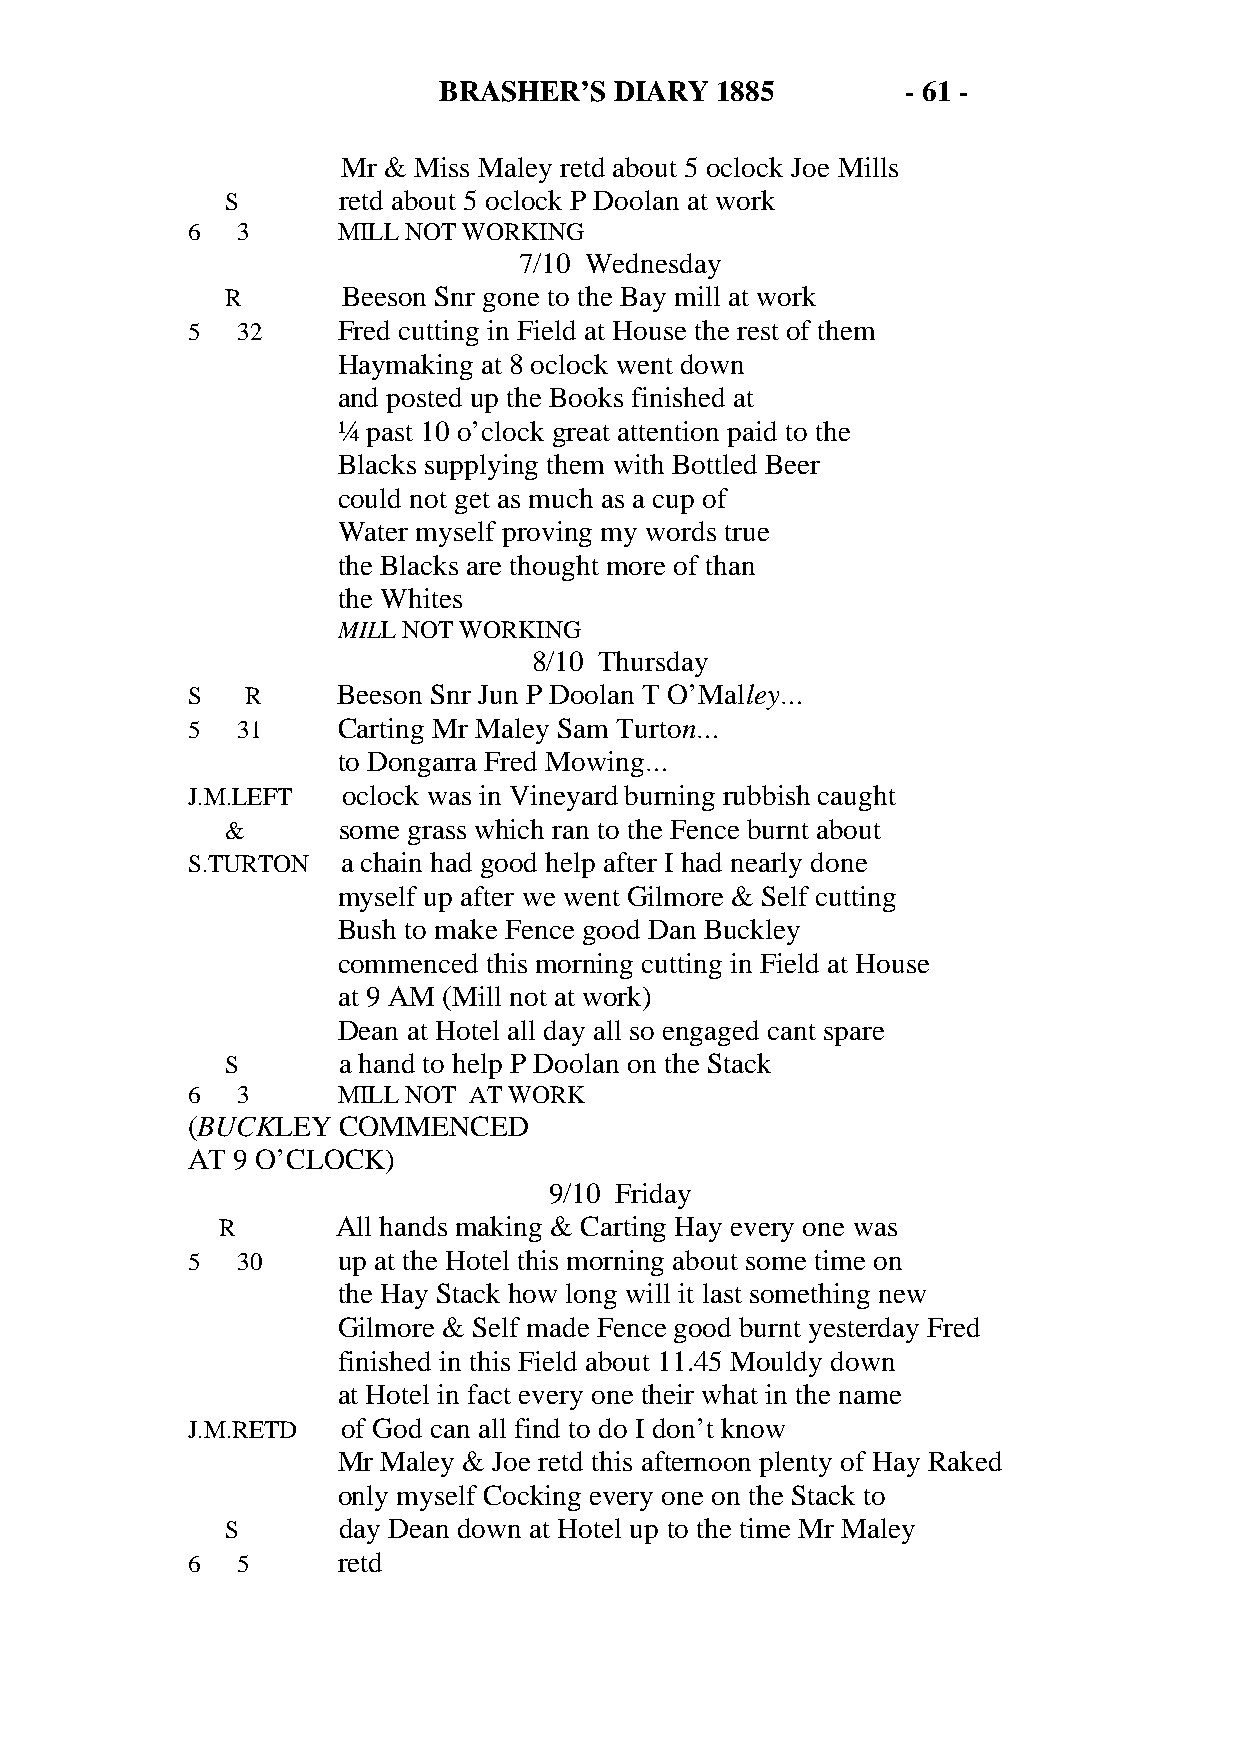
BRASHER’S   DIARY 1885         - 61 -
 Mr & Miss Maley retd about 5 oclock Joe Mills
 S      retd about 5 oclock P Doolan at work
 6   3     MILL NOT WORKING
 7/10 Wednesday
 R       Beeson Snr gone to the Bay mill at work
 5   32    Fred cutting in Field at House the rest of them
 Haymaking at 8 oclock went down
 and posted up the Books finished at
 ¼ past 10 o’clock great attention paid to the
 Blacks supplying them with Bottled Beer
 could not get as much as a cup of
 Water myself proving my words true
 the Blacks are thought more of than
 the Whites
 MILL NOT WORKING
 8/10 Thursday
 S   R     Beeson Snr Jun P Doolan T O’Malley…
 5   31    Carting Mr Maley Sam Turton…
 to Dongarra Fred Mowing…
 J.M.LEFT   oclock was in Vineyard burning rubbish caught
 &      some grass which ran to the Fence burnt about
 S.TURTON   a chain had good help after I had nearly done
 myself up after we went Gilmore & Self cutting
 Bush to make Fence good Dan Buckley
 commenced this morning cutting in Field at House
 at 9 AM (Mill not at work)
 Dean at Hotel all day all so engaged cant spare
 S      a hand to help P Doolan on the Stack
 6   3     MILL NOT AT WORK
 (BUCKLEY  COMMENCED
 AT 9 O’CLOCK)
 9/10 Friday
 R       All hands making & Carting Hay every one was
 5   30    up at the Hotel this morning about some time on
 the Hay Stack how long will it last something new
 Gilmore & Self made Fence good burnt yesterday Fred
 finished in this Field about 11.45 Mouldy down
 at Hotel in fact every one their what in the name
 J.M.RETD   of God can all find to do I don’t know
 Mr Maley & Joe retd this afternoon plenty of Hay Raked
 only myself Cocking every one on the Stack to
 S      day Dean down at Hotel up to the time Mr Maley
 6   5     retd